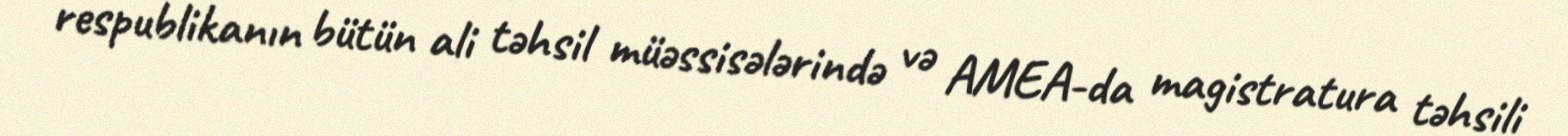
respublikanın bütün ali təhsil müəssisələrində və AMEA-da magistratura təhsili